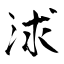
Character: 浗